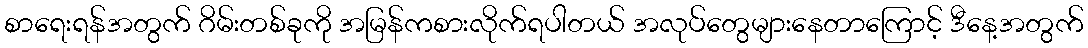
စာရေးရန်အတွက် ဂိမ်းတစ်ခုကို အမြန်ကစားလိုက်ရပါတယ် အလုပ်တွေများနေတာကြောင့် ဒီနေ့အတွက်